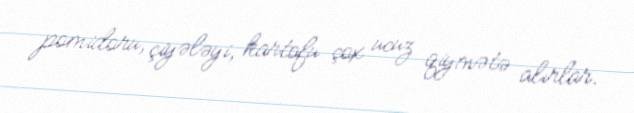
pomidoru, çiyələyi, kartofu çox ucuz qiymətə alırlar.